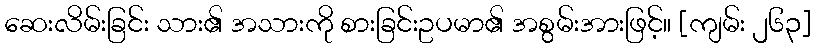
ဆေးလိမ်းခြင်း သား၏ အသားကို စားခြင်းဥပမာ၏ အစွမ်းအားဖြင့်။ [ကျမ်း ၂၆၃]